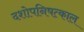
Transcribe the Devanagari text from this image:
दशोपनिषत्काल